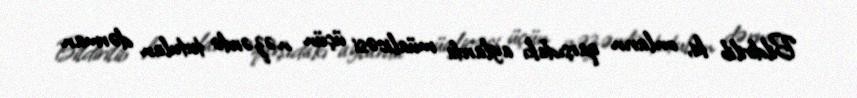
Bildirilib ki, onların qarşıdakı aylarda müalicəsi üçün nəzərdə tutulan dərman